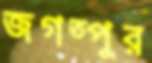
জগত্পুর